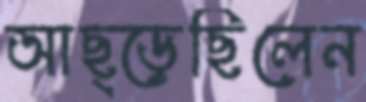
আছ্‌ড়েছিলেন